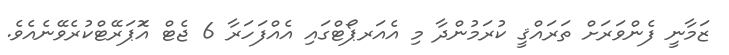
ޒަމާނީ ފެންވަރަށް ތަރައްޤީ ކުރަމުންދާ މި އެއަރޕޯޓްގައި އެއްފަހަރާ 6 ޖެޓް އޮަޕަރޭޓްކުރެވޭނެއެވެ.